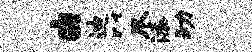
由迪以尽添动